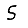
Digit: 5